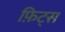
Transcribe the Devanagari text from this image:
फ़िट्स